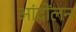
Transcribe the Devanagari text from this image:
आंदोंलन